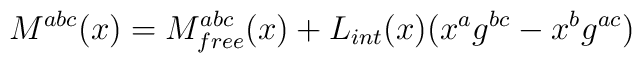
M^{abc}(x)=M^{abc}_{free}(x)+L_{int}(x)(x^ag^{bc}-x^bg^{ac})